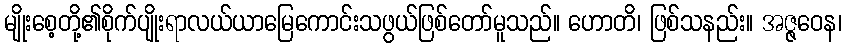
မျိုးစေ့တို့၏စိုက်ပျိုးရာလယ်ယာမြေကောင်းသဖွယ်ဖြစ်တော်မူသည်။ ဟောတိ၊ ဖြစ်သနည်း။ အဇ္ဇဝေန၊